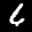
Label: 6